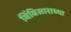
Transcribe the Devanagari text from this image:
बिंबिसाराच्या